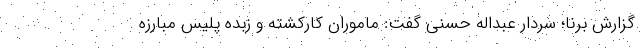
گزارش برنا؛ سردار عبداله حسنی گفت: ماموران کارکشته و زبده پلیس مبارزه